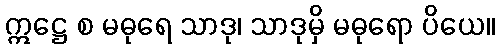
ဣဋ္ဌေ စ မဓုရေ သာဒု၊ သာဒုမှိ မဓုရော ပိယေ။